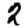
Digit: 2